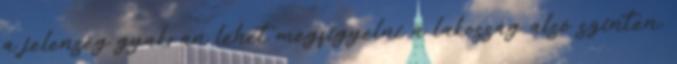
a jelenség gyakran lehet megfigyelni a lakosság alsó szinten,